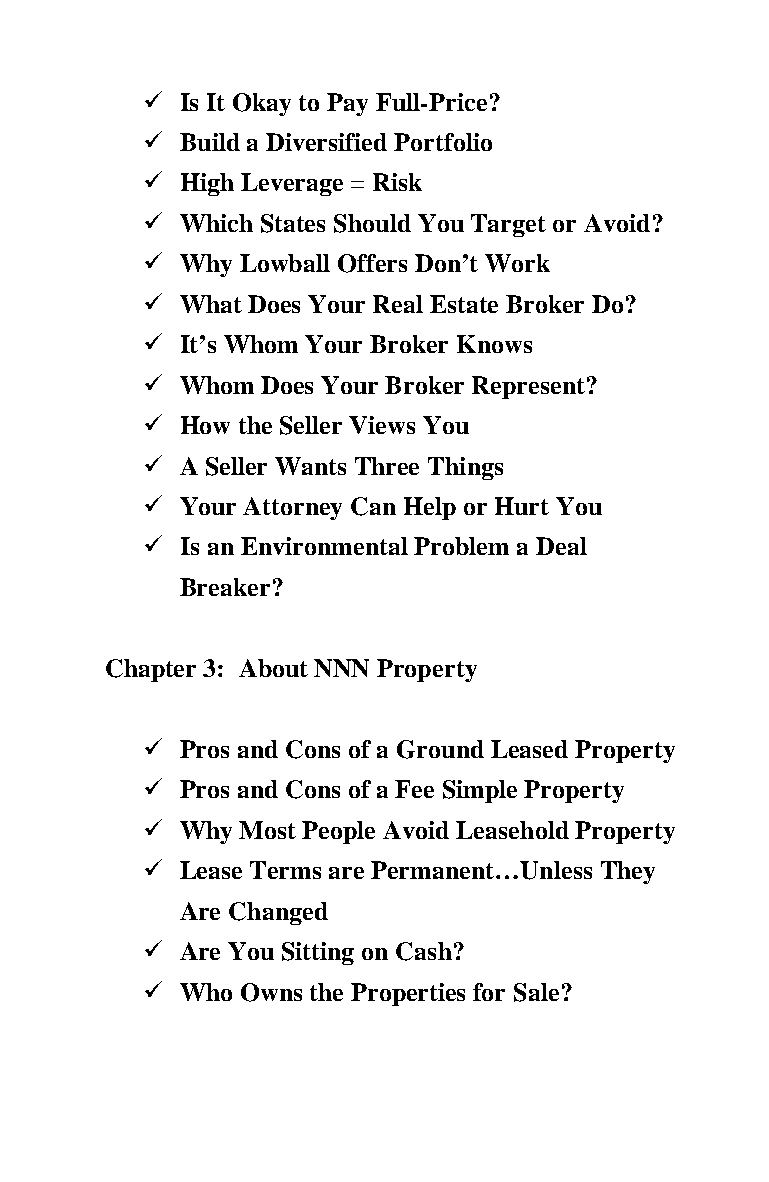
 Is It Okay to Pay Full-Price?
  Build a Diversified Portfolio
  High Leverage = Risk
  Which States Should You Target or Avoid?
  Why Lowball Offers Don’t Work
  What Does Your Real Estate Broker Do?
  It’s Whom Your Broker Knows
  Whom Does Your Broker Represent?
  How the Seller Views You
  A Seller Wants Three Things
  Your Attorney Can Help or Hurt You
  Is an Environmental Problem a Deal
 Breaker?
 Chapter 3: About NNN Property
  Pros and Cons of a Ground Leased Property
  Pros and Cons of a Fee Simple Property
  Why Most People Avoid Leasehold Property
  Lease Terms are Permanent…Unless They
 Are Changed
  Are You Sitting on Cash?
  Who Owns the Properties for Sale?